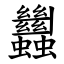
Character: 蠿